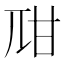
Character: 𤮾